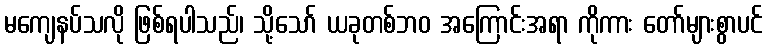
မကျေနပ်သလို ဖြစ်ရပါသည်၊ သို့သော် ယခုတစ်ဘဝ အကြောင်းအရာ ကိုကား တော်များစွာပင်